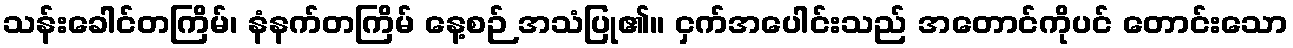
သန်းခေါင်တကြိမ်၊ နံနက်တကြိမ် နေ့စဉ် အသံပြု၏။ ငှက်အပေါင်းသည် အတောင်ကိုပင် တောင်းသော